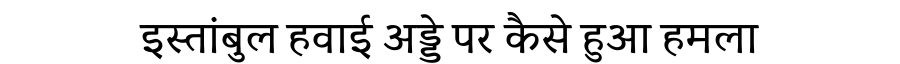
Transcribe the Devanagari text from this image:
इस्तांबुल हवाई अड्डे पर कैसे हुआ हमला